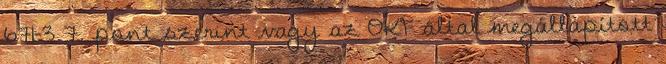
671-3 7. pont szerint vagy az OKF által megállapított